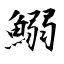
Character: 鰯